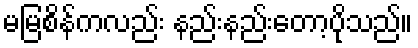
မမြစိန်ကလည်း နည်းနည်းတော့ပိုသည်။